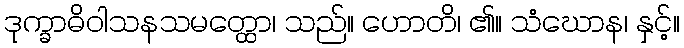
ဒုက္ခာဓိဝါသနသမတ္ထော၊ သည်။ ဟောတိ၊ ၏။ သံဃောန၊ နှင့်။